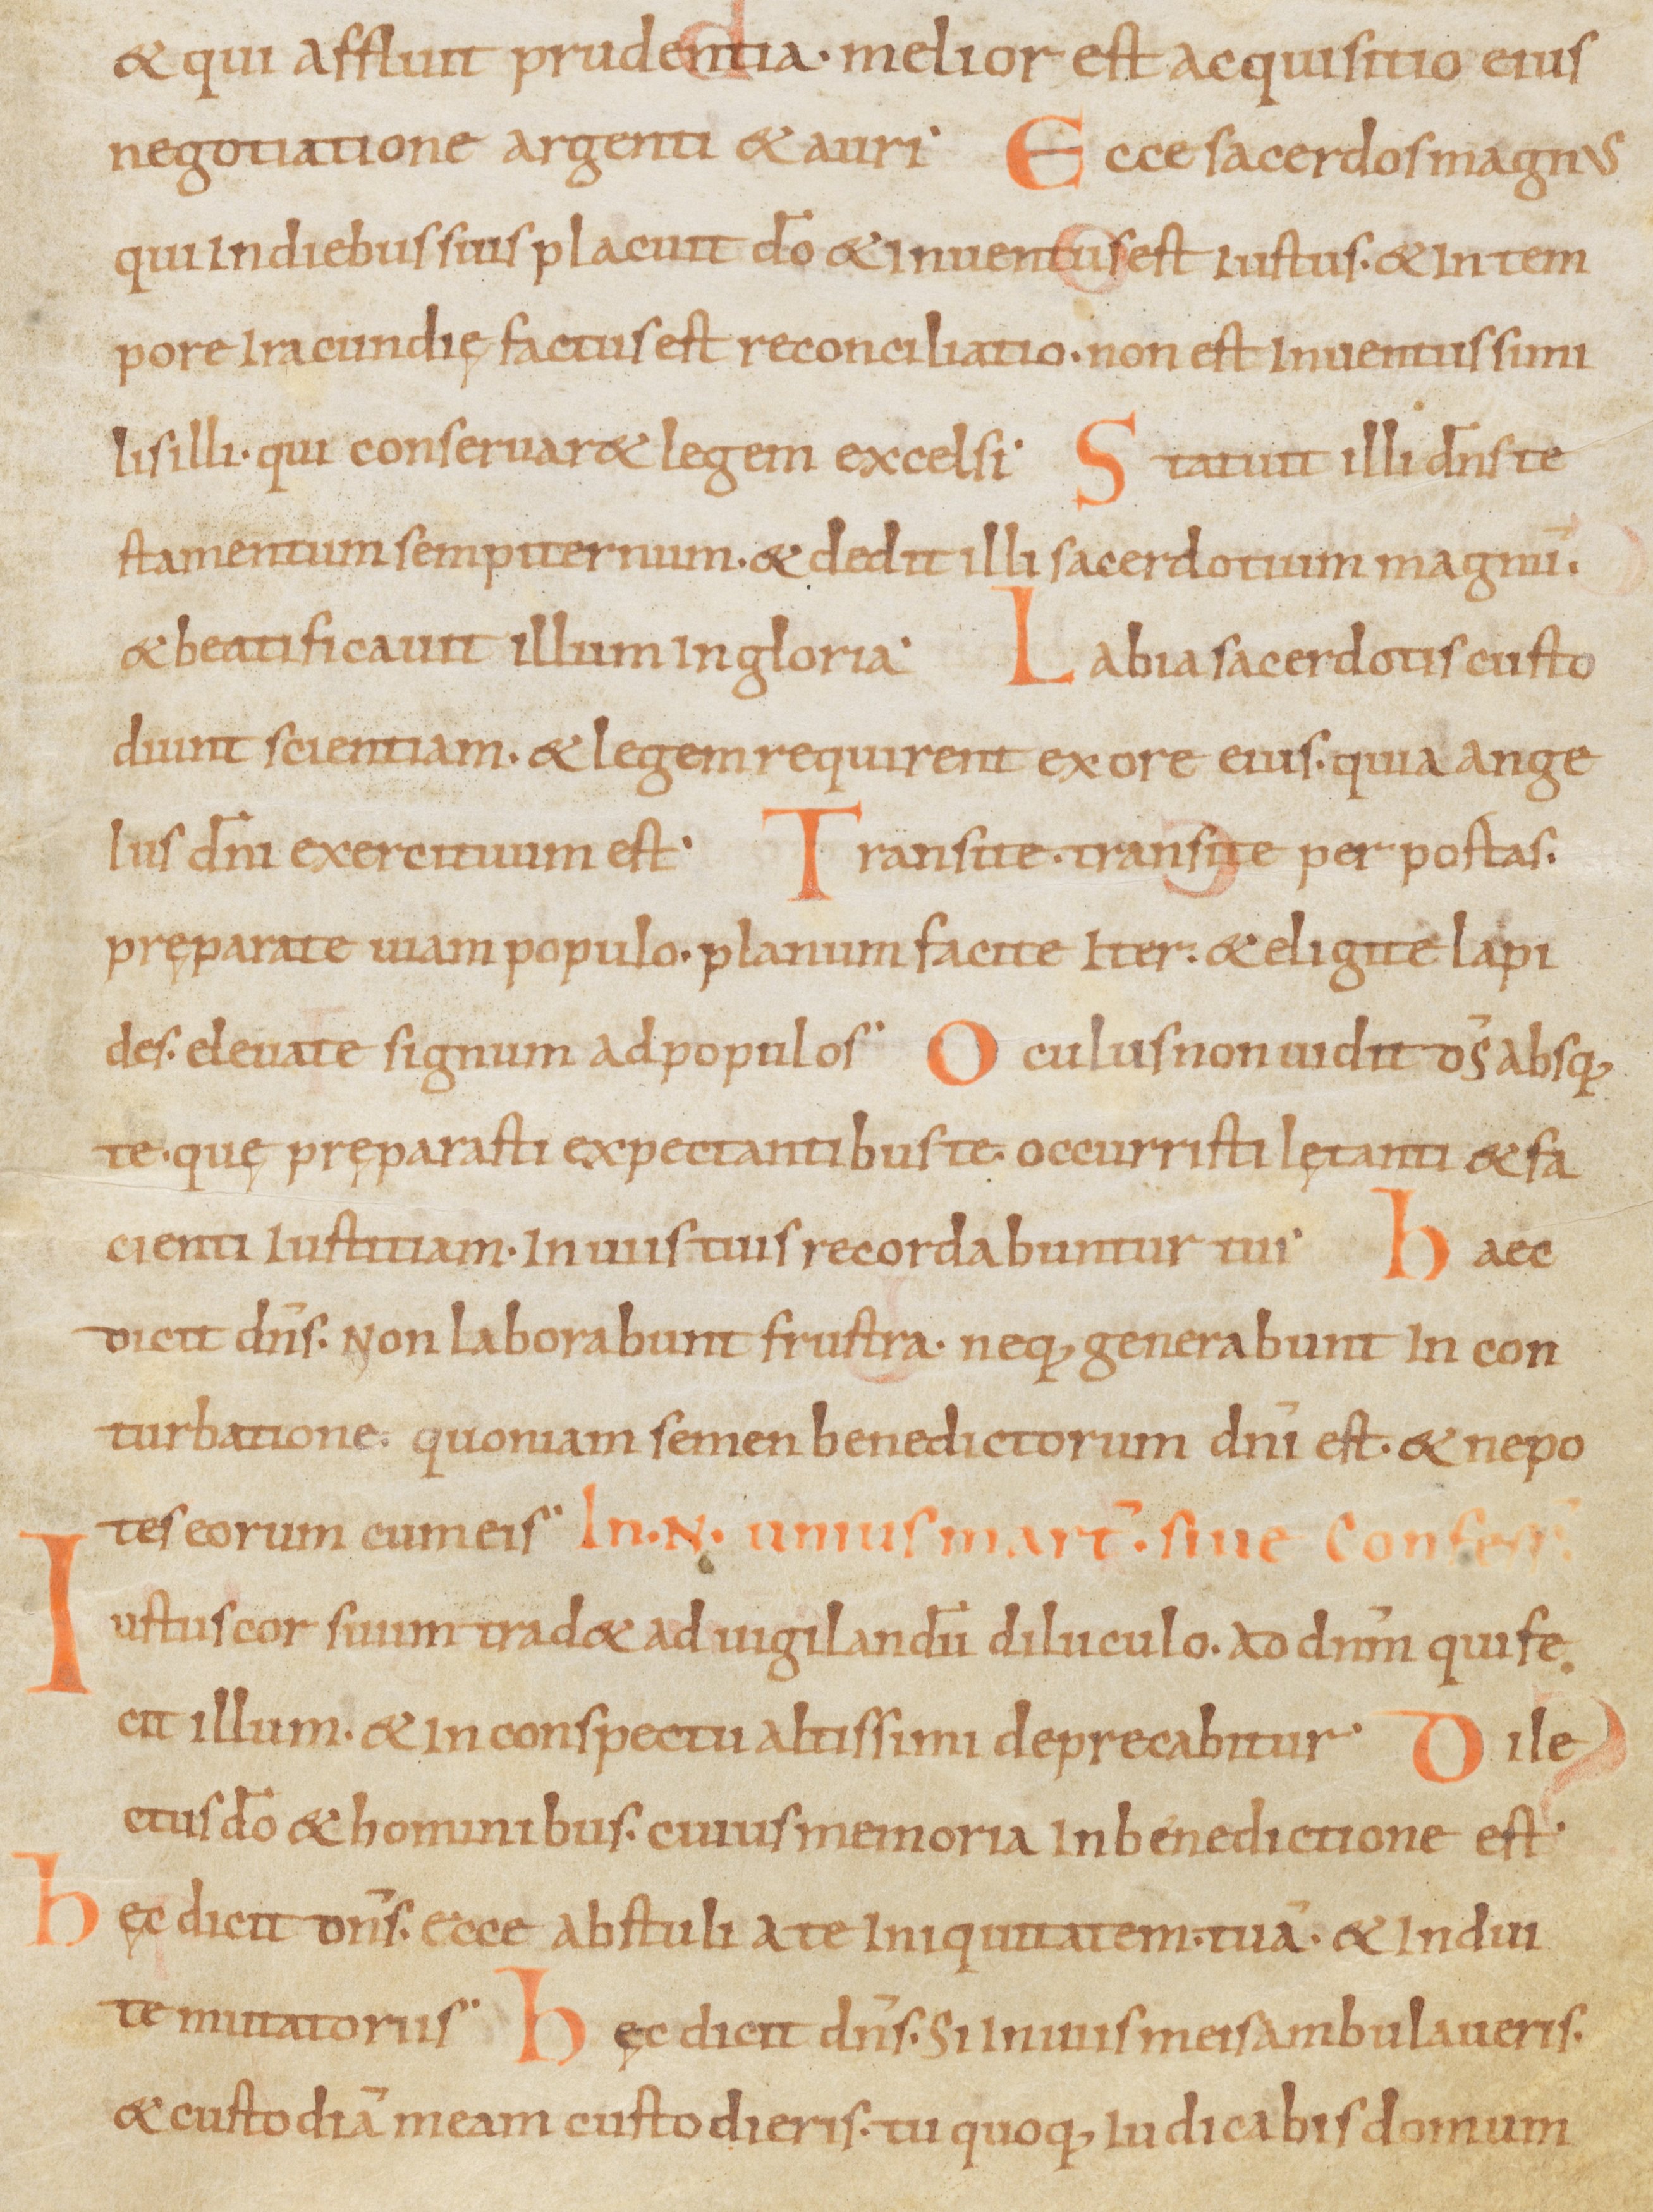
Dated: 900–999